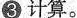
③计算。